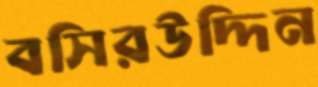
বসিরউদ্দিন